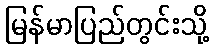
မြန်မာပြည်တွင်းသို့